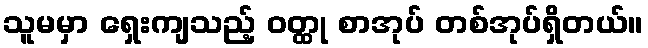
သူမမှာ ရှေးကျသည့် ဝတ္ထု စာအုပ် တစ်အုပ်ရှိတယ်။